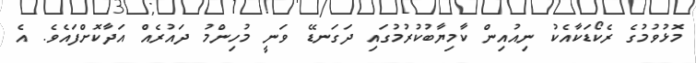
މޮޅުވުމުގެ ރެކޯޑަކާއެކު ނިއުއިން ކާމިޔާބުކުރުމުގައި ދަގަނޑޭ ވަނީ މުހިންމު ދައުރެއް އަދާކޮށްފައެވެ. އެ